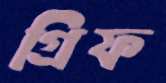
গ্রিফ